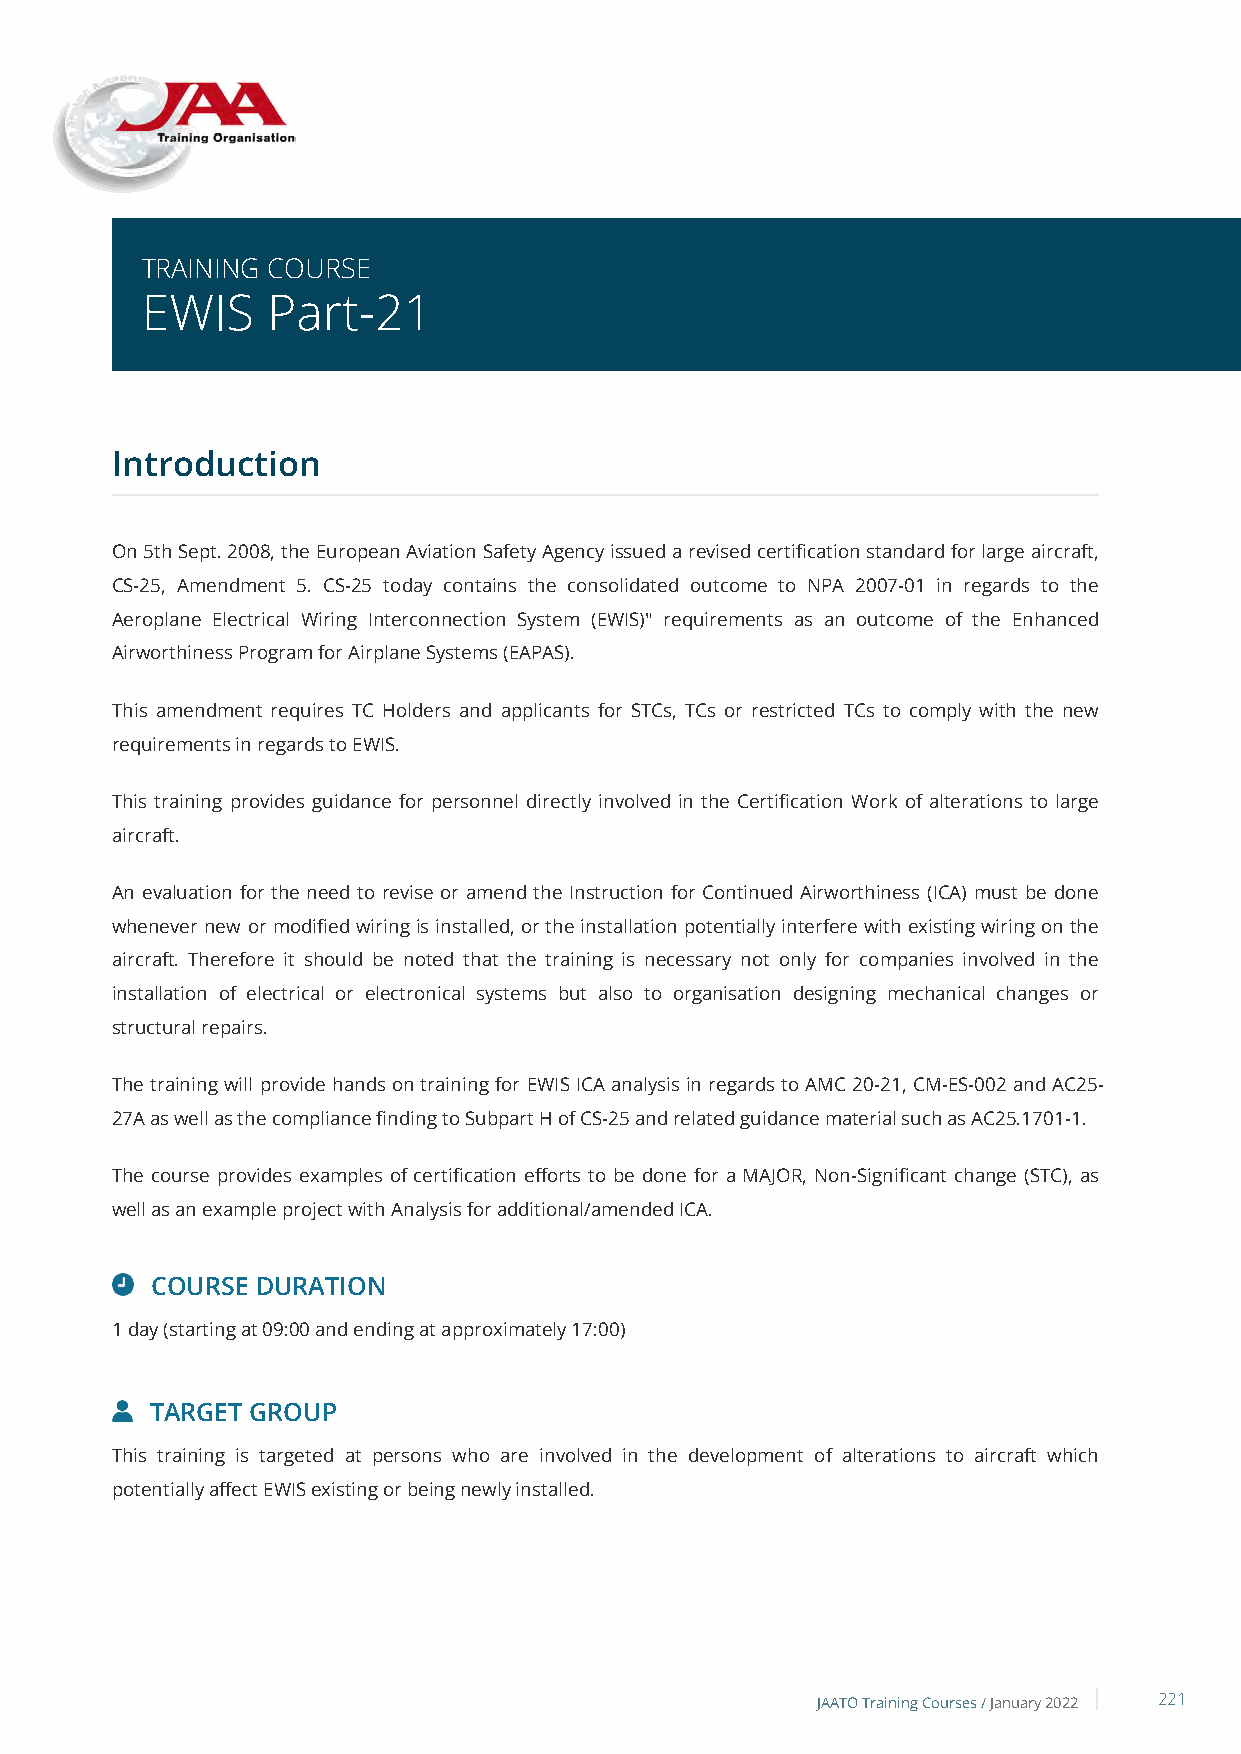
TRAINING COURSE
 EWIS     Part-21
 Introduction
 On 5th Sept. 2008, the European Aviation Safety Agency issued a revised certification standard for large aircraft,
 CS-25, Amendment 5. CS-25 today contains the consolidated outcome to NPA 2007-01 in regards to the
 Aeroplane Electrical Wiring Interconnection System (EWIS)" requirements as an outcome of the Enhanced
 Airworthiness Program for Airplane Systems (EAPAS).
 This amendment requires TC Holders and applicants for STCs, TCs or restricted TCs to comply with the new
 requirements in regards to EWIS.
 This training provides guidance for personnel directly involved in the Certification Work of alterations to large
 aircraft.
 An evaluation for the need to revise or amend the Instruction for Continued Airworthiness (ICA) must be done
 whenever new or modified wiring is installed, or the installation potentially interfere with existing wiring on the
 aircraft. Therefore it should be noted that the training is necessary not only for companies involved in the
 installation of electrical or electronical systems but also to organisation designing mechanical changes or
 structural repairs.
 The training will provide hands on training for EWIS ICA analysis in regards to AMC 20-21, CM-ES-002 and AC25-
 27A as well as the compliance finding to Subpart H of CS-25 and related guidance material such as AC25.1701-1.
 The course provides examples of certification efforts to be done for a MAJOR, Non-Significant change (STC), as
 well as an example project with Analysis for additional/amended ICA.
 COURSE DURATION
 1 day (starting at 09:00 and ending at approximately 17:00)
 TARGET GROUP
 This training is targeted at persons who are involved in the development of alterations to aircraft which
 potentially affect EWIS existing or being newly installed.
 JAATO Training Courses /January 2022 221